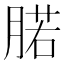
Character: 𰮷